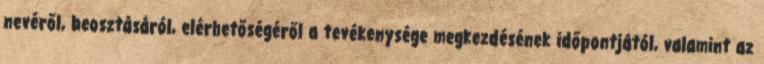
nevéről, beosztásáról, elérhetőségéről a tevékenysége megkezdésének időpontjától, valamint az